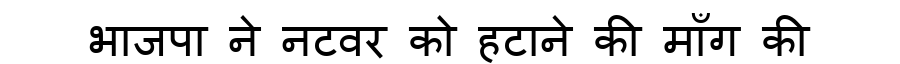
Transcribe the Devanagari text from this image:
भाजपा ने नटवर को हटाने की माँग की